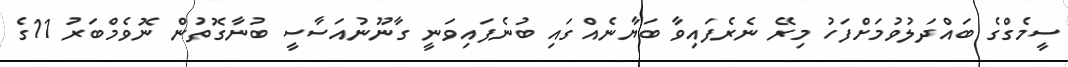
ސީމެގްގެ ބައްދަލުވުމަށްފަހު މިރޭ ނެރެފައިވާ ބަޔާނެއްގައި ބުނެފައިވަނީ ގާނޫނުއަސާސީ ބުނާގޮތުން ނޮވެމްބަރު 11ގެ